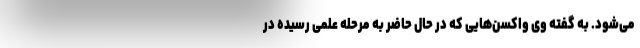
می‌شود. به گفته وی واکسن‌هایی که در حال حاضر به مرحله علمی رسیده در